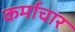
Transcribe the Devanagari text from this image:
कर्माचार